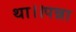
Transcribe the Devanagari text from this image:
था।।पन्ना